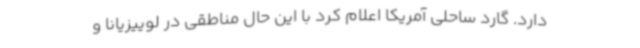
دارد. گارد ساحلی آمریکا اعلام کرد با این حال مناطقی در لوییزیانا و